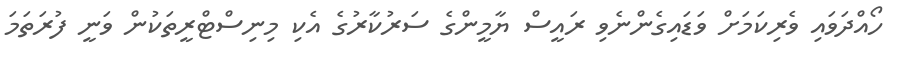
ހޯއްދަވައި ވެރިކަމަށް ވަޑައިގެންނެވި ރައީސް ޔާމީންގެ ސަރުކާރުގެ އެކި މިނިސްޓްރީތަކުން ވަނީ ފުރަތަމަ